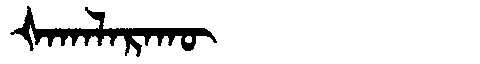
Manchu: ᡧᠠᡴᠠᠯᠠᡵᠠᡴᡡ
Romanization: ŠAKALARAKŪ